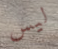
ليس